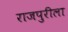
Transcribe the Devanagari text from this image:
राजपुरीला